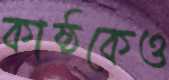
কাষ্ঠকেও